Black-water fever - Number 35
Disease focus: Fever
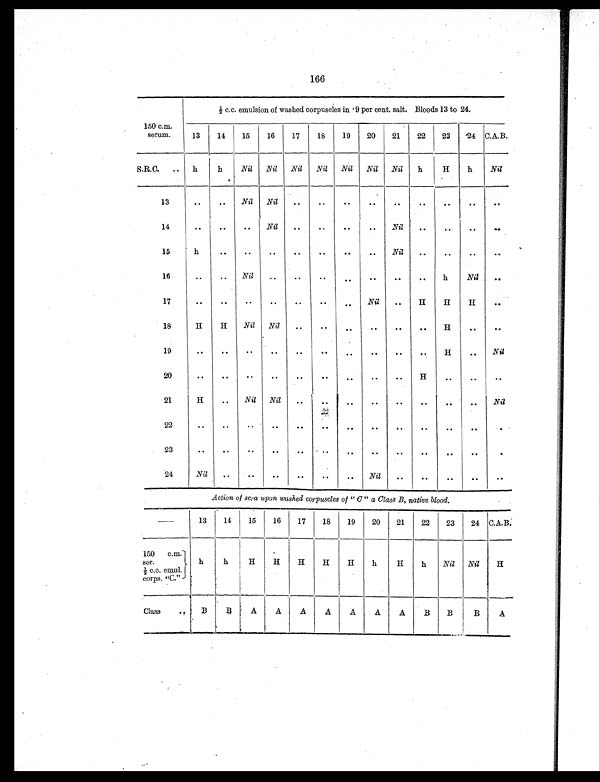
166
150 c.m.
serum.
½ c.c. emulsion of washed corpuscles in .9 per cent, salt. Bloods 13 to 24.
13
14
15
16
17
18
19
20
21
22
23
24 C.A.B.
S.R.C.
. .
h
h
Nil
Nil
Nil
Nil
Nil
Nil
Nil
h
H
h
Nil
13
. .
..
Nil
Nil
. .
. .
. .
. .
. .
. .
. .
. .
..
14
..
. .
. .
Nil
. .
. .
. .
. .
Nil
. .
. .
. .
..
15
h
. .
. .
. .
. .
. .
. .
. .
Nil
. .
. .
. .
. .
16
. .
. .
Nil
..
. .
. .
. .
. .
. .
. .
h
Nil
. .
17
. .
. .
. .
. .
. .
. .
. .
Nil
. .
H
H
H
. .
18
H
H
Nil
Nil
. .
. .
. .
. .
. .
. .
H
. .
. .
19
. .
. .
. .
. .
. .
. .
. .
. .
. .
. .
H
. .
Nil
20
. .
. .
. .
. .
. .
. .
..
. .
. .
H
. .
. .
..
21
H
. .
Nil
Nil
. .
. .
. .
. .
. .
. .
. .
. .
Nil
22
. .
. .
. .
. .
. .
. .
. .
. .
. .
. .
. .
. .
.
23
. .
. .
..
. .
. .
..
. .
..
..
. .
. .
. .
.
24
Nil
. .
..
. .
..
. .
. .
Nil
. .
. .
. .
. .
. .
Action of sera upon washed corpuscles of " C" a Class B, native blood.
—
13
14
15
16
17
18
19
20
21
22
23
24 C.A.B.
150 c.m.
ser.
½ c.c. emul.
corps. "C."
h
h
H
H
H
H
H
h
H
h
Nil
Nil
H
Class
..
B
B
A
A
A
A
A
A
A
B
B
B
A